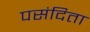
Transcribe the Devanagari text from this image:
पसंदिता